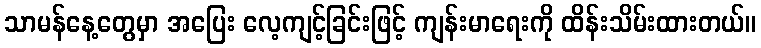
သာမန်နေ့တွေမှာ အပြေး လေ့ကျင့်ခြင်းဖြင့် ကျန်းမာရေးကို ထိန်းသိမ်းထားတယ်။